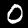
Digit: 0